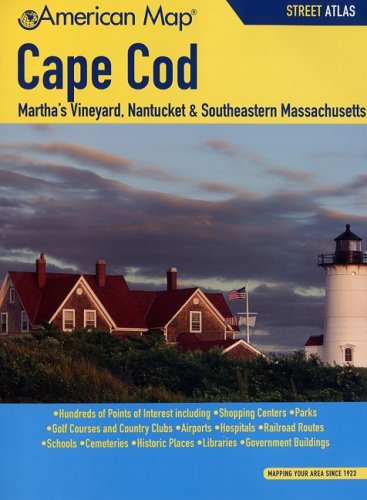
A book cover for American Map Cape Cod, MA Street Atlas; Travel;